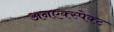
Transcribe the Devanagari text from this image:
अनएक्स्पेक्ट